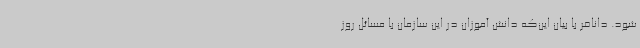
شود. دانافر با بیان این‌که دانش آموزان در این سازمان با مسائل روز